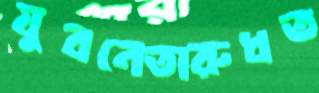
যুবনেতারুধত